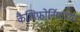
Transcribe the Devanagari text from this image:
कैलिफ़ोर्नियाच्या